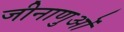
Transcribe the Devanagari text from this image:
जीनाणुओं